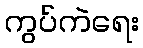
ကွပ်ကဲရေး